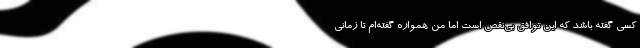
کسی گفته باشد که این توافق بی‌نقص است اما من همواره گفته‌ام تا زمانی